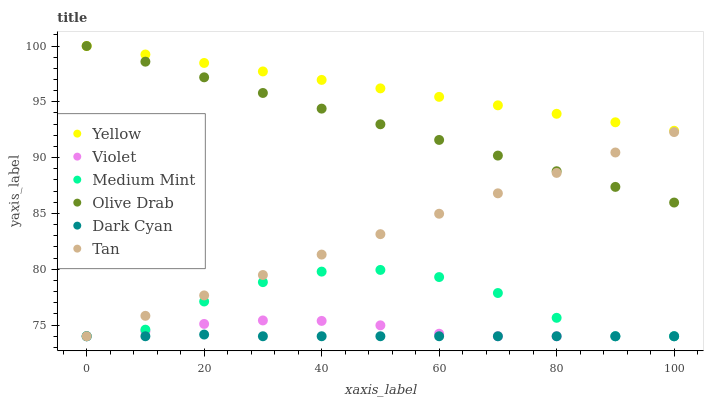
| xaxis_label | Yellow | Violet | Medium Mint | Olive Drab | Dark Cyan | Tan |
 | --- | --- | --- | --- | --- | --- | --- |
 | 0 | 100 | 74 | 74 | 100 | 74 | 74 |
 | 10 | 99.2 | 74.4 | 74.6 | 98.6 | 74 | 75.8 |
 | 20 | 98.5 | 75.1 | 77.1 | 97.2 | 74.2 | 77.7 |
 | 30 | 97.7 | 75.4 | 78.8 | 95.8 | 74 | 79.5 |
 | 40 | 97 | 75.4 | 79.8 | 94.4 | 74 | 81.3 |
 | 50 | 96.2 | 75 | 79.9 | 93 | 74 | 83.1 |
 | 60 | 95.4 | 74.2 | 79.3 | 91.6 | 74 | 85 |
 | 70 | 94.7 | 74 | 77.9 | 90.2 | 74 | 86.8 |
 | 80 | 93.9 | 74 | 75.7 | 88.8 | 74 | 88.6 |
 | 90 | 93.2 | 74 | 74 | 87.4 | 74 | 90.5 |
 | 100 | 92.4 | 74 | 74 | 86 | 74 | 92.3 |